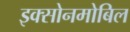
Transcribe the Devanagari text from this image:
इक्सोनमोबिल